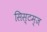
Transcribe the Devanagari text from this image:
सिस्टम्ज